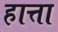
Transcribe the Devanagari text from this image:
हात्ता